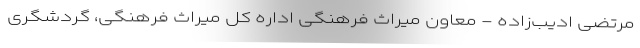
مرتضی ادیب‌زاده - معاون میراث فرهنگی اداره کل میراث فرهنگی، گردشگری